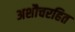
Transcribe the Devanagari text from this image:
अशौचरहित